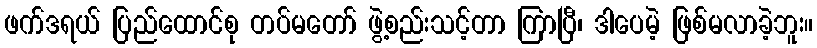
ဖက်ဒရယ် ပြည်ထောင်စု တပ်မတော် ဖွဲ့စည်းသင့်တာ ကြာပြီ၊ ဒါပေမဲ့ ဖြစ်မလာခဲ့ဘူး။